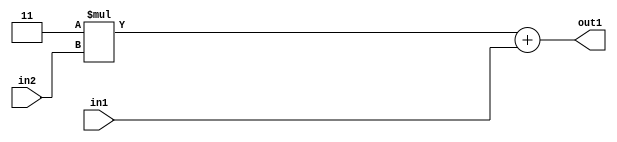
`timescale 1ps / 1ps
/*****************************************************************************
    Verilog RTL Description
    
    
    Created by: Stratus DpOpt 2019.1.01 
*******************************************************************************/

module DC_Filter_Add2u1Mul2i3u2_1 (
	in2,
	in1,
	out1
	); /* architecture "behavioural" */ 
input [1:0] in2;
input  in1;
output [3:0] out1;
wire [3:0] asc001;

wire [3:0] asc001_tmp_0;
assign asc001_tmp_0 = 
	+(4'B0011 * in2);
assign asc001 = asc001_tmp_0
	+(in1);

assign out1 = asc001;
endmodule

/* CADENCE  ubb0SQ8= : u9/ySgnWtBlWxVPRXgAZ4Og= ** DO NOT EDIT THIS LINE ******/